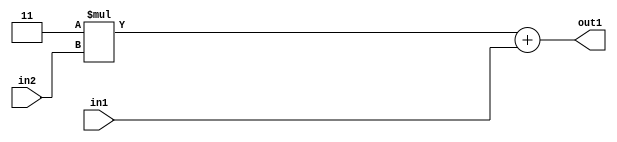
`timescale 1ps / 1ps
/*****************************************************************************
    Verilog RTL Description
    
    
    Created by: Stratus DpOpt 2019.1.01 
*******************************************************************************/

module DC_Filter_Add2u1Mul2i3u2_1 (
	in2,
	in1,
	out1
	); /* architecture "behavioural" */ 
input [1:0] in2;
input  in1;
output [3:0] out1;
wire [3:0] asc001;

wire [3:0] asc001_tmp_0;
assign asc001_tmp_0 = 
	+(4'B0011 * in2);
assign asc001 = asc001_tmp_0
	+(in1);

assign out1 = asc001;
endmodule

/* CADENCE  ubb0SQ8= : u9/ySgnWtBlWxVPRXgAZ4Og= ** DO NOT EDIT THIS LINE ******/